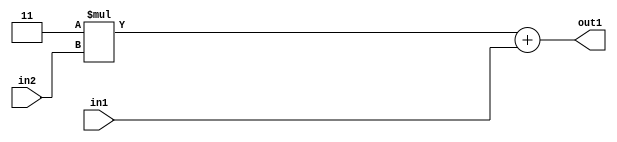
`timescale 1ps / 1ps
/*****************************************************************************
    Verilog RTL Description
    
    
    Created by: Stratus DpOpt 2019.1.01 
*******************************************************************************/

module DC_Filter_Add2u1Mul2i3u2_1 (
	in2,
	in1,
	out1
	); /* architecture "behavioural" */ 
input [1:0] in2;
input  in1;
output [3:0] out1;
wire [3:0] asc001;

wire [3:0] asc001_tmp_0;
assign asc001_tmp_0 = 
	+(4'B0011 * in2);
assign asc001 = asc001_tmp_0
	+(in1);

assign out1 = asc001;
endmodule

/* CADENCE  ubb0SQ8= : u9/ySgnWtBlWxVPRXgAZ4Og= ** DO NOT EDIT THIS LINE ******/